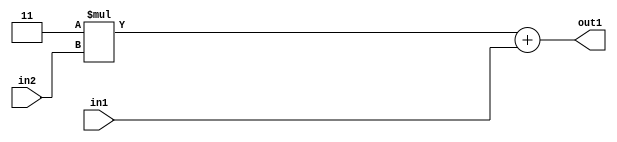
`timescale 1ps / 1ps
/*****************************************************************************
    Verilog RTL Description
    
    
    Created by: Stratus DpOpt 2019.1.01 
*******************************************************************************/

module DC_Filter_Add2u1Mul2i3u2_1 (
	in2,
	in1,
	out1
	); /* architecture "behavioural" */ 
input [1:0] in2;
input  in1;
output [3:0] out1;
wire [3:0] asc001;

wire [3:0] asc001_tmp_0;
assign asc001_tmp_0 = 
	+(4'B0011 * in2);
assign asc001 = asc001_tmp_0
	+(in1);

assign out1 = asc001;
endmodule

/* CADENCE  ubb0SQ8= : u9/ySgnWtBlWxVPRXgAZ4Og= ** DO NOT EDIT THIS LINE ******/